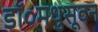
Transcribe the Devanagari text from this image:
डॉ०मधुसूदन